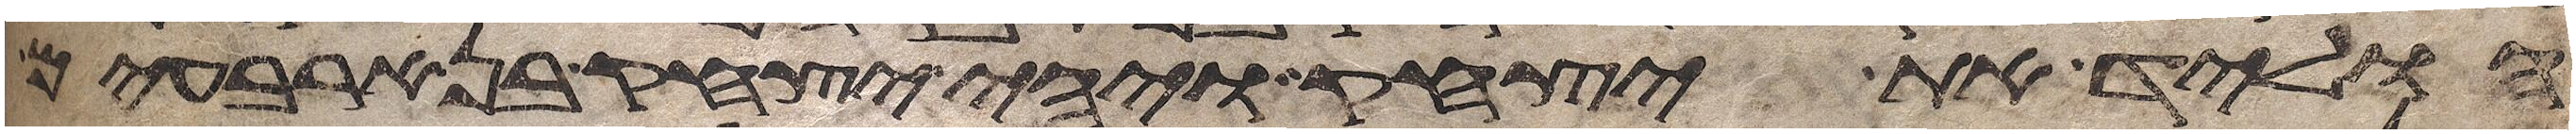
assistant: הוליד את יצחק ויהי יצחק בן ארבעים